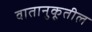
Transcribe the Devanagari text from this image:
वातानुकूतील